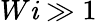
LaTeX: W\mathit{i}\gg1